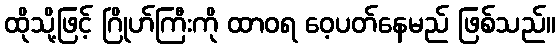
ထိုသို့ဖြင့် ဂြိုဟ်ကြီးကို ထာဝရ ဝေ့ပတ်နေမည် ဖြစ်သည်။